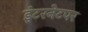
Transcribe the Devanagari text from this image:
इंटरनेटपर